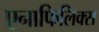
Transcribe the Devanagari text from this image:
एनाफिलिक्स